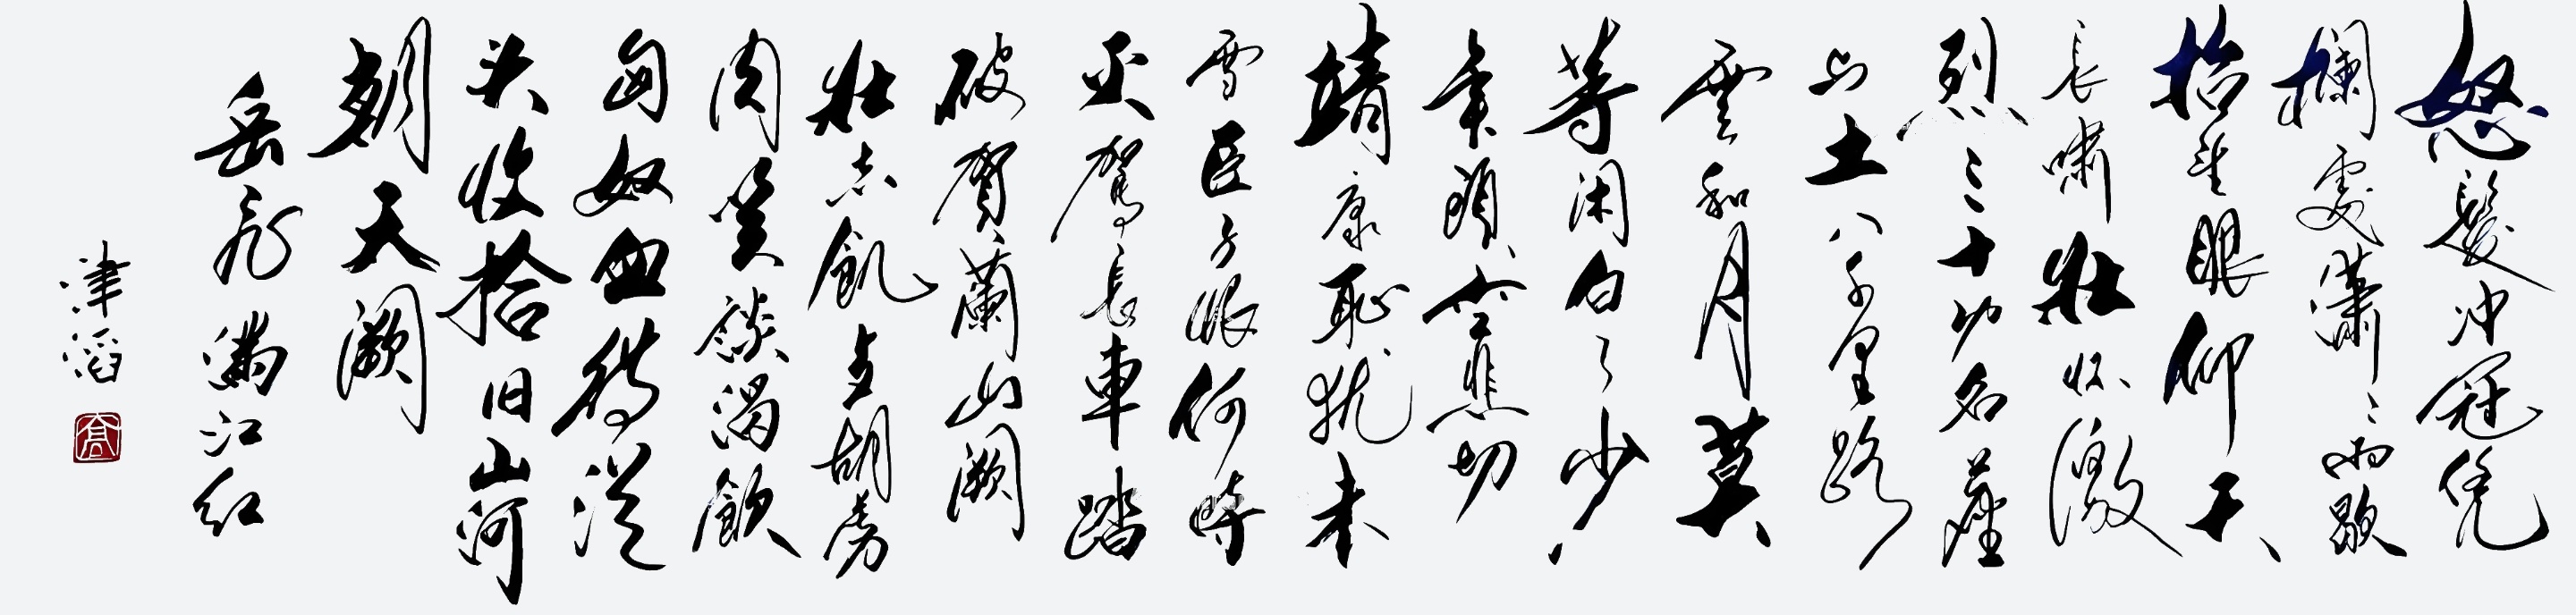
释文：怒发冲冠，凭栏处、潇潇雨歇。抬望眼，仰天长啸，壮怀激烈。三十功名尘与土，八千里路云和月。莫等闲，白了少年头，空悲切！靖康耻，犹未雪。臣子恨，何时灭！驾长车，踏破贺兰山缺。壮志饥餐胡虏肉，笑谈渴饮匈奴血。待从头、收拾旧山河，朝天阙。高津滔